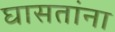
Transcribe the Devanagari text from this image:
घासतांना